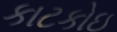
કાટકોઇ